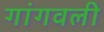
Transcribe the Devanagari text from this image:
गांगवली